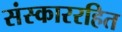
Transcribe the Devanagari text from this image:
संस्काररहित